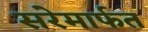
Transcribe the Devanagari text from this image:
सरेमार्फत